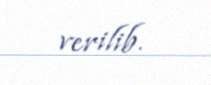
verilib.